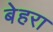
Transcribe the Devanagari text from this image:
बेहरा